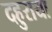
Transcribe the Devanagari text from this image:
दहुराया